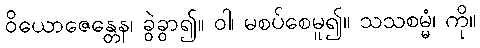
ဝိယောဇေန္တေန၊ ခွဲခွာ၍။ ဝါ၊ မစပ်စေမူ၍။ သသစမ္မံ၊ ကို။